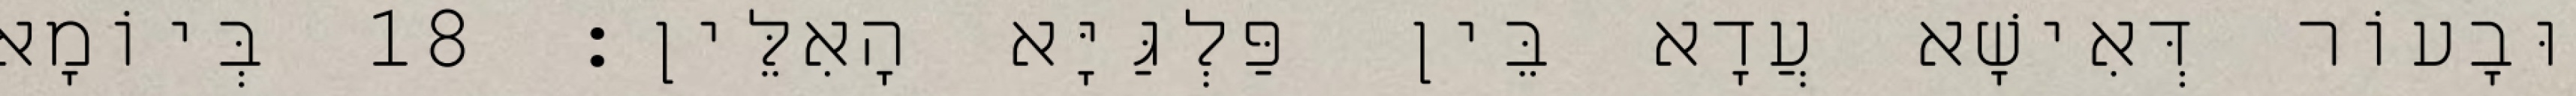
וּבָעוֹר דְּאִישָׁא עֲדָא בֵּין פַּלְגַּיָּא הָאִלֵּין׃ 18 בְּיוֹמָא